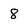
Character: 8